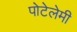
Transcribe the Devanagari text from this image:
पोटेलेमी